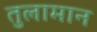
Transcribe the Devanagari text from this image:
तुलामान